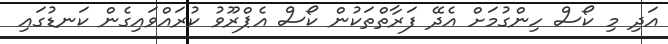
އަދި މި ކޯސް ހިންގުމަށް އެދޭ ފަރާތްތަކުން ކޯސް އެޕްރޫވު ކުރައްވައިގެން ކަނޑުގައި